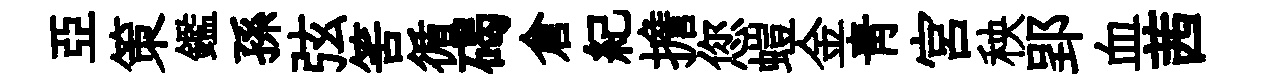
亞策鑑孫弦筈循碣倉紀擔您螘金青宫秧郢血茜